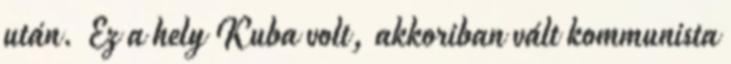
után. Ez a hely Kuba volt, akkoriban vált kommunista